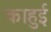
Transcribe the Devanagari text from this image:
काहुई